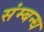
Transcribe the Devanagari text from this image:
संम्बन्ध